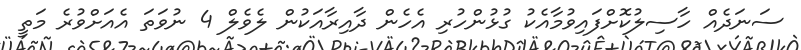
ސަނަދެއް ހާސިލުކޮށްފައިވުމާއެކު ގުޅުންހުރި އެހެން ދާއިރާއަކުން ލެވެލް 4 ނުވަތަ އެއަށްވުރެ މަތީ